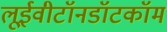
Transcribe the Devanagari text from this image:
लूईवीटॉनडॉटकॉम